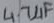
Text: 4.7µF